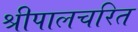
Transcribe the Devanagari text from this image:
श्रीपालचरित